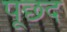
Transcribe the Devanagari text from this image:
पूछद